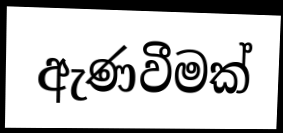
ඇණවීමක්